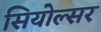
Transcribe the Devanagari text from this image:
सियोल्सर